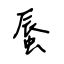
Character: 蜃